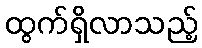
ထွက်ရှိလာသည့်